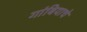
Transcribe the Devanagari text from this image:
गांबियाचे